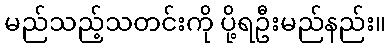
မည်သည့်သတင်းကို ပို့ရဦးမည်နည်း။